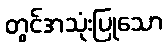
တွင်အသုံးပြုသော